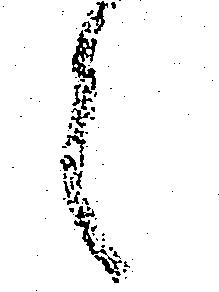
々